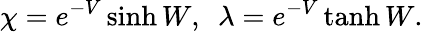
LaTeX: \chi=e^{-V}\sinh W,~~\lambda=e^{-V}\operatorname{tanh}W.